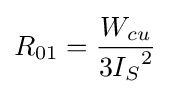
R_{01}={\frac {W_{cu}}{3{I_{S}}^{2}}}